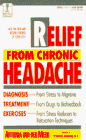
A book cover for RELIEF FROM CHRONIC HEADACHE (The Dell Medical Library); Antonia Van Der Meer; Health, Fitness & Dieting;